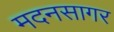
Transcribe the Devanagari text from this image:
मदनसागर